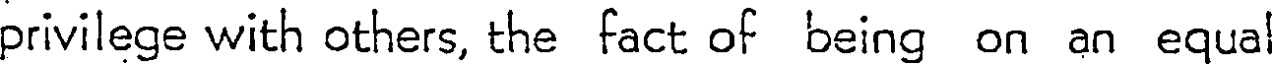
privilege with others, the fact of being on an equa